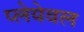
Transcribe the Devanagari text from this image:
प्लेयेबल